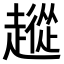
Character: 𧽵